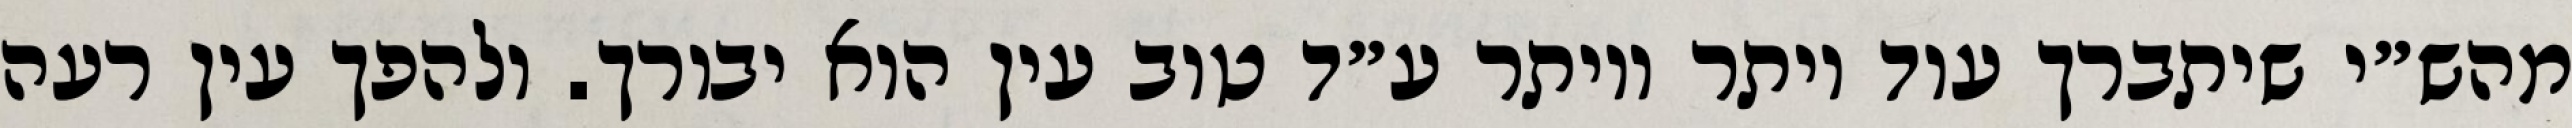
מהש״י שיתברך עוד יותר ויותר ע״ד טוב עין הוא יבורך. ולהפך עין רעה